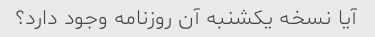
آیا نسخه یکشنبه آن روزنامه وجود دارد؟